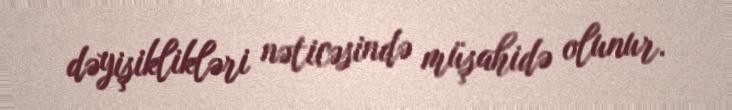
dəyişiklikləri nəticəsində müşahidə olunur.